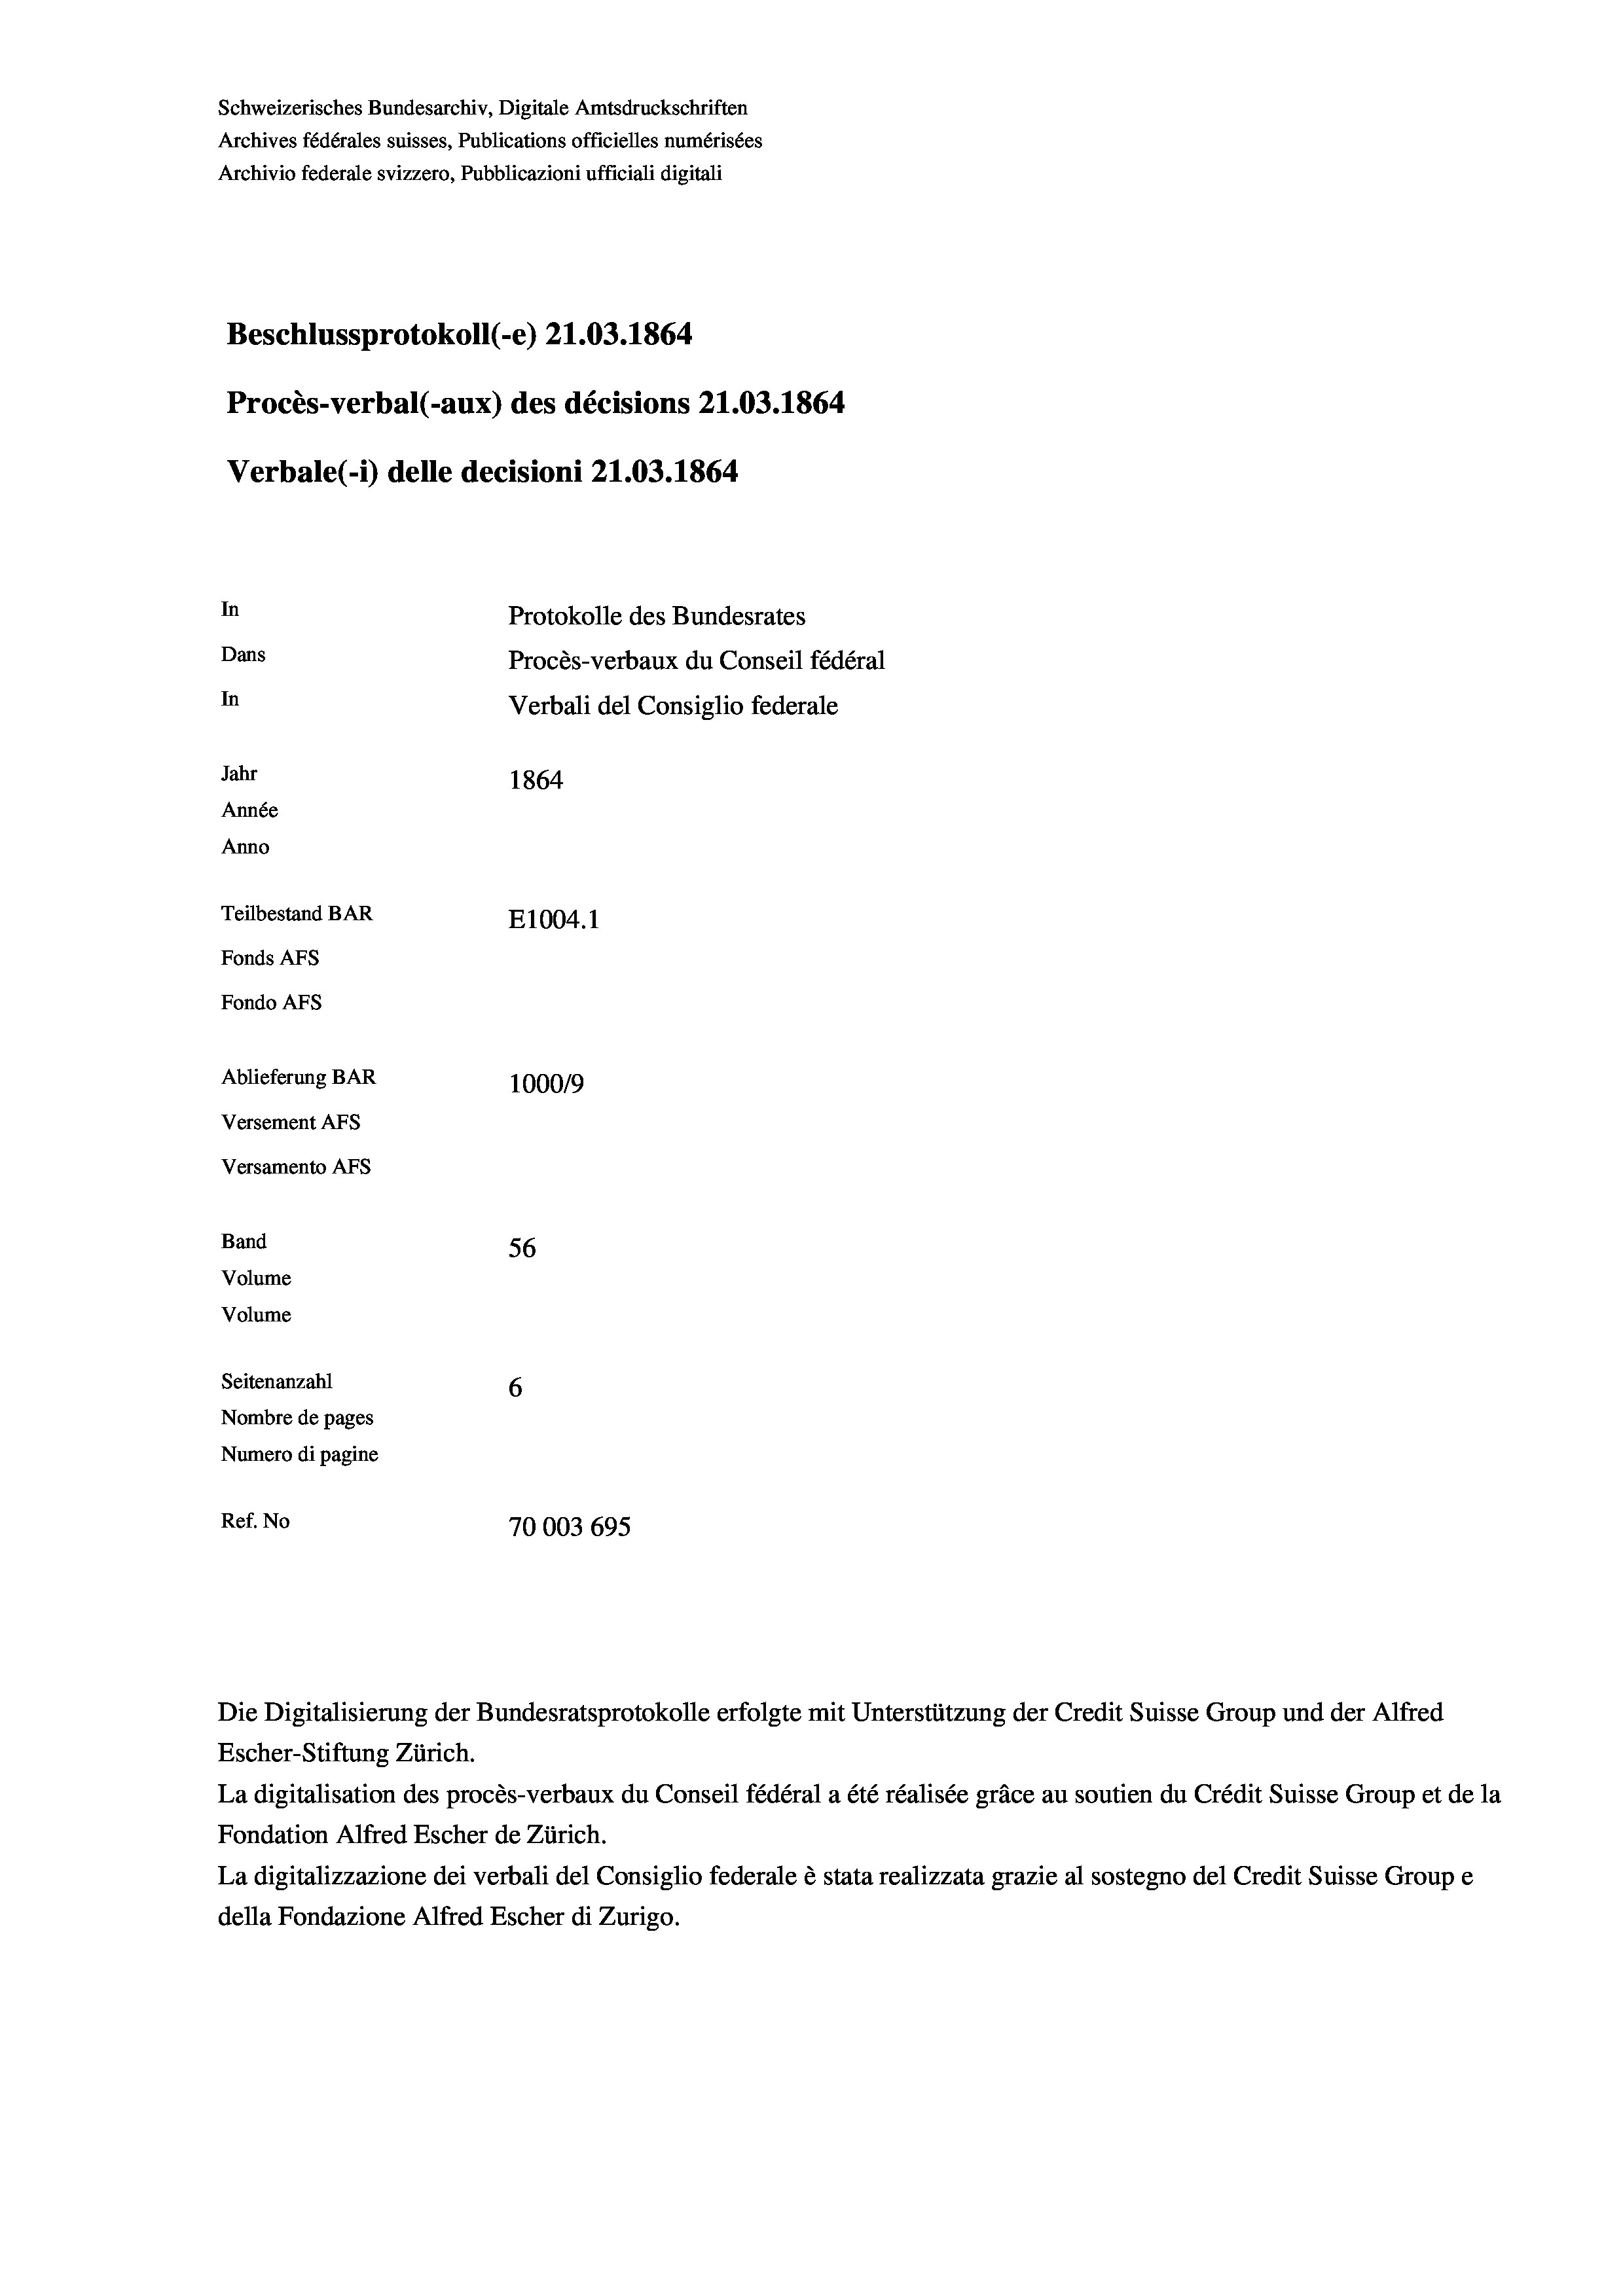
Schweizerisches Bundesarchiv, Digitale Amtsdruckschriften
Archives fédérales suisses, Publications officielles numérisées
Archivio federale svizzero, Pubblicazioni ufficiali digitali
Beschlussprotokoll (-e) 21.03. 1864
Procès-verbal (-aux) des décisions 21.03. 1864
Verbale (i) delle decisioni 21.03. 1864
In
Protokolle des Bundesrates
Dans
Procès-verbaux du Conseil fédéral
In
Verbali del Consiglio federale
Jahr
1864
Année
Anno
Teilbestand BAR
E1004.1
Fonds Afs
Fondo AFs
Ablieferung BAR
100019
Versement AFs

Versamento Afs
Band
Volume
Volume
Seitenanzahl

56
6
Nombre de pages
Numero di pagine
Ref. No
70003 695

Escher-Stiftung Zürich.
La digitalisation des procès-verbaux du Conseil fédéral a été réalisée gräce au soutien du Crédit Suisse Group et de la
Fondation Alfred Escher de Zürich.
La digitalizzazione dei verbali del Consiglio federale è stata realizzata grazie al sostegno del Credit Suisse Groupe
della Fondazione Alfred Escher di Zurigo.

Die Digitalisierung der Bundesratsprotokolle erfolgte mit Unterstützung der Credit Suisse Group und der Alfred